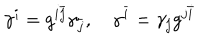
\gamma ^ { i } = g ^ { i \bar { j } } \gamma _ { \bar { j } } , \quad \gamma ^ { \bar { i } } = \gamma _ { j } g ^ { j \bar { i } }